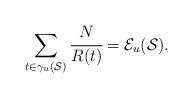
LaTeX: \begin{align*}\sum_{t \in \gamma_u(\mathcal{S}) } \cfrac{N}{R(t)} = \mathcal{E}_u(\mathcal{S}).\end{align*}